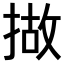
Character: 𢰴